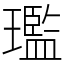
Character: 璼